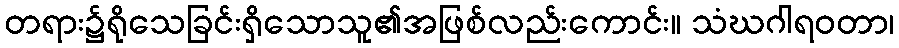
တရား၌ရိုသေခြင်းရှိသောသူ၏အဖြစ်လည်းကောင်း။ သံဃဂါရဝတာ၊